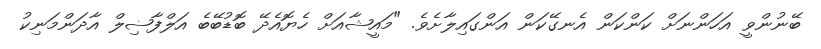
ބޭނުންވީ އަހަންނަށް ކަންކަން އެނގޭކަން އަންގައިލާށެވެ. "މައީޝާއަށް ހެޔޮއެދޭ ބޮޑުބޭބެ އަލްފާޟިލް އާދަންމަނިކު